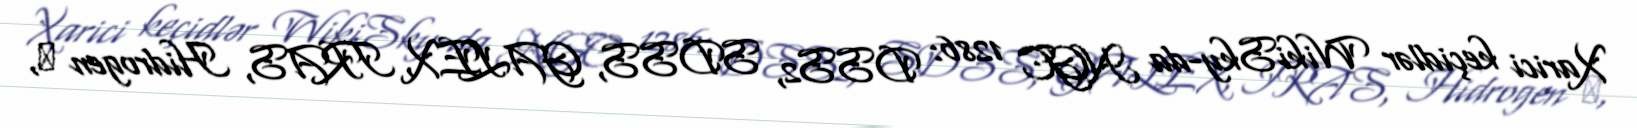
Xarici keçidlər WikiSky-da NGC 1286: DSS2, SDSS, GALEX, IRAS, Hidrogen α,